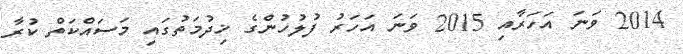
2014 ވަނަ އަހަރާއި 2015 ވަނަ އަހަރު ފުލުހުންގެ ޚިދުމަތުގައި މަސައްކަތް ކުރާ